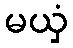
မယှံ